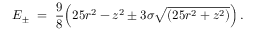
E _ { \pm } \ = \ \frac 9 8 \Big ( 2 5 r ^ { 2 } - z ^ { 2 } \pm 3 \sigma \sqrt { ( 2 5 r ^ { 2 } + z ^ { 2 } ) } \Big ) \, .